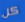
كل